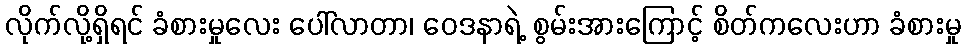
လိုက်လို့ရှိရင် ခံစားမှုလေး ပေါ်လာတာ၊ ဝေဒနာရဲ့ စွမ်းအားကြောင့် စိတ်ကလေးဟာ ခံစားမှု